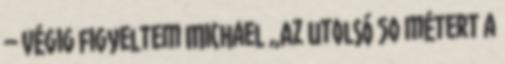
– Végig figyeltem Michael „Az utolsó 50 métert a